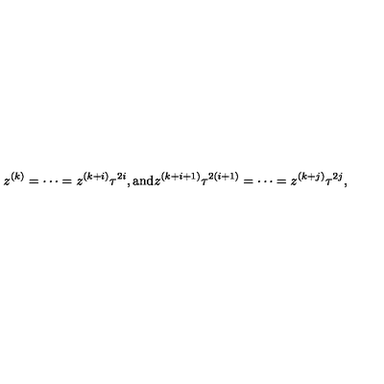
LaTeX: z ^ { ( k ) } = \cdots = z ^ { ( k + i ) } \tau ^ { 2 i } , { \mathrm { a n d } } z ^ { ( k + i + 1 ) } \tau ^ { 2 ( i + 1 ) } = \cdots = z ^ { ( k + j ) } \tau ^ { 2 j } ,